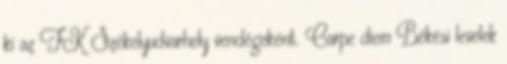
ki az FK Székelyudvarhely vendégeként. Carpe diem Békési levelek